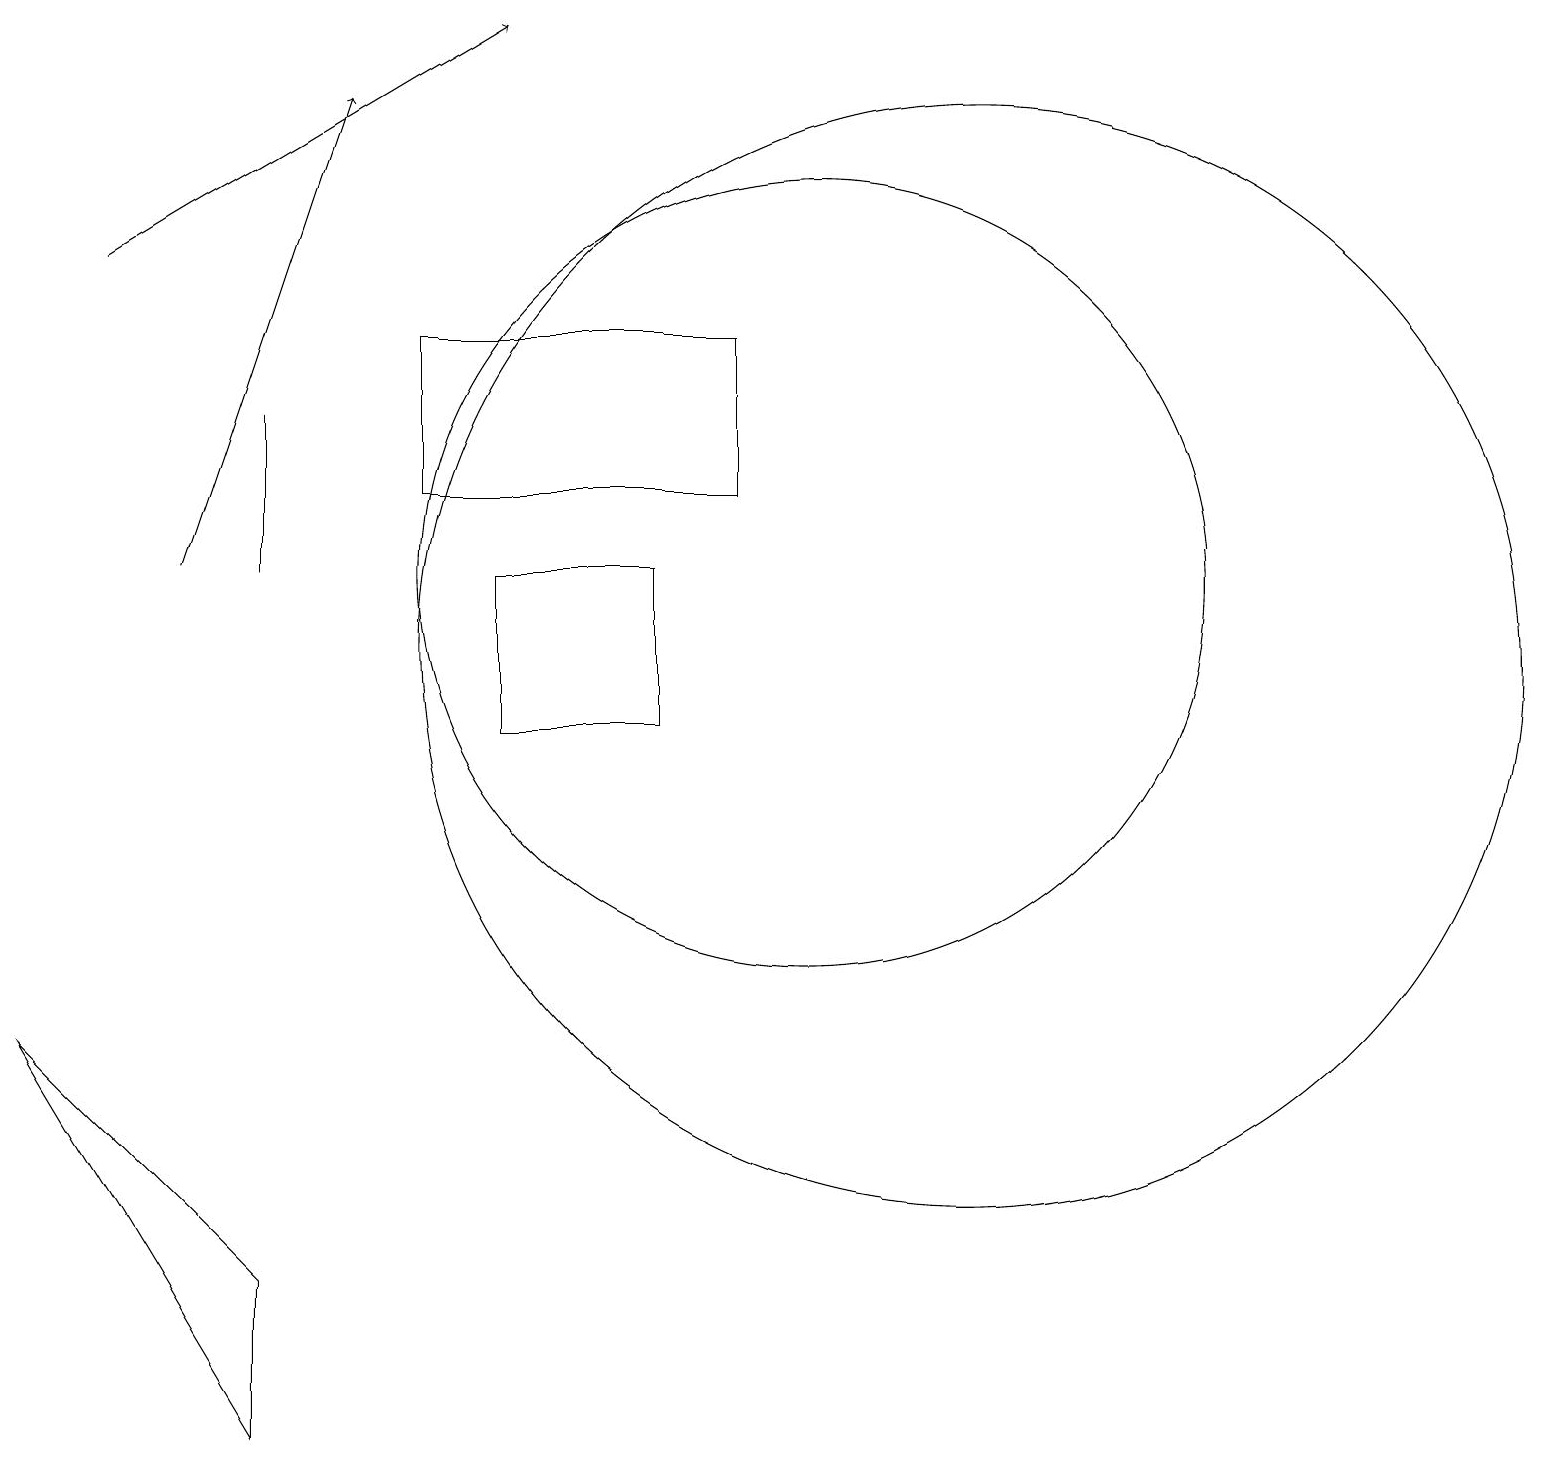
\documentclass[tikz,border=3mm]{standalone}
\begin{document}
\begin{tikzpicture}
\draw (10,12) circle (5);
\draw (3,1) -- (3,3) -- (0,6) -- cycle;
\draw (3,12) rectangle (3,14);
\draw (6,10) rectangle (8,12);
\draw[->] (2,12) -- (4,18);
\draw[->] (1,16) -- (6,19);
\draw (12,11) circle (7);
\draw (5,15) rectangle (9,13);
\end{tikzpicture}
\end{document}